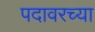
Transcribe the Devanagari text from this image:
पदावरच्या